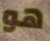
هو